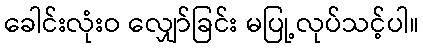
ခေါင်းလုံးဝ လျှော်ခြင်း မပြု့လုပ်သင့်ပါ။